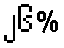
၂၆%